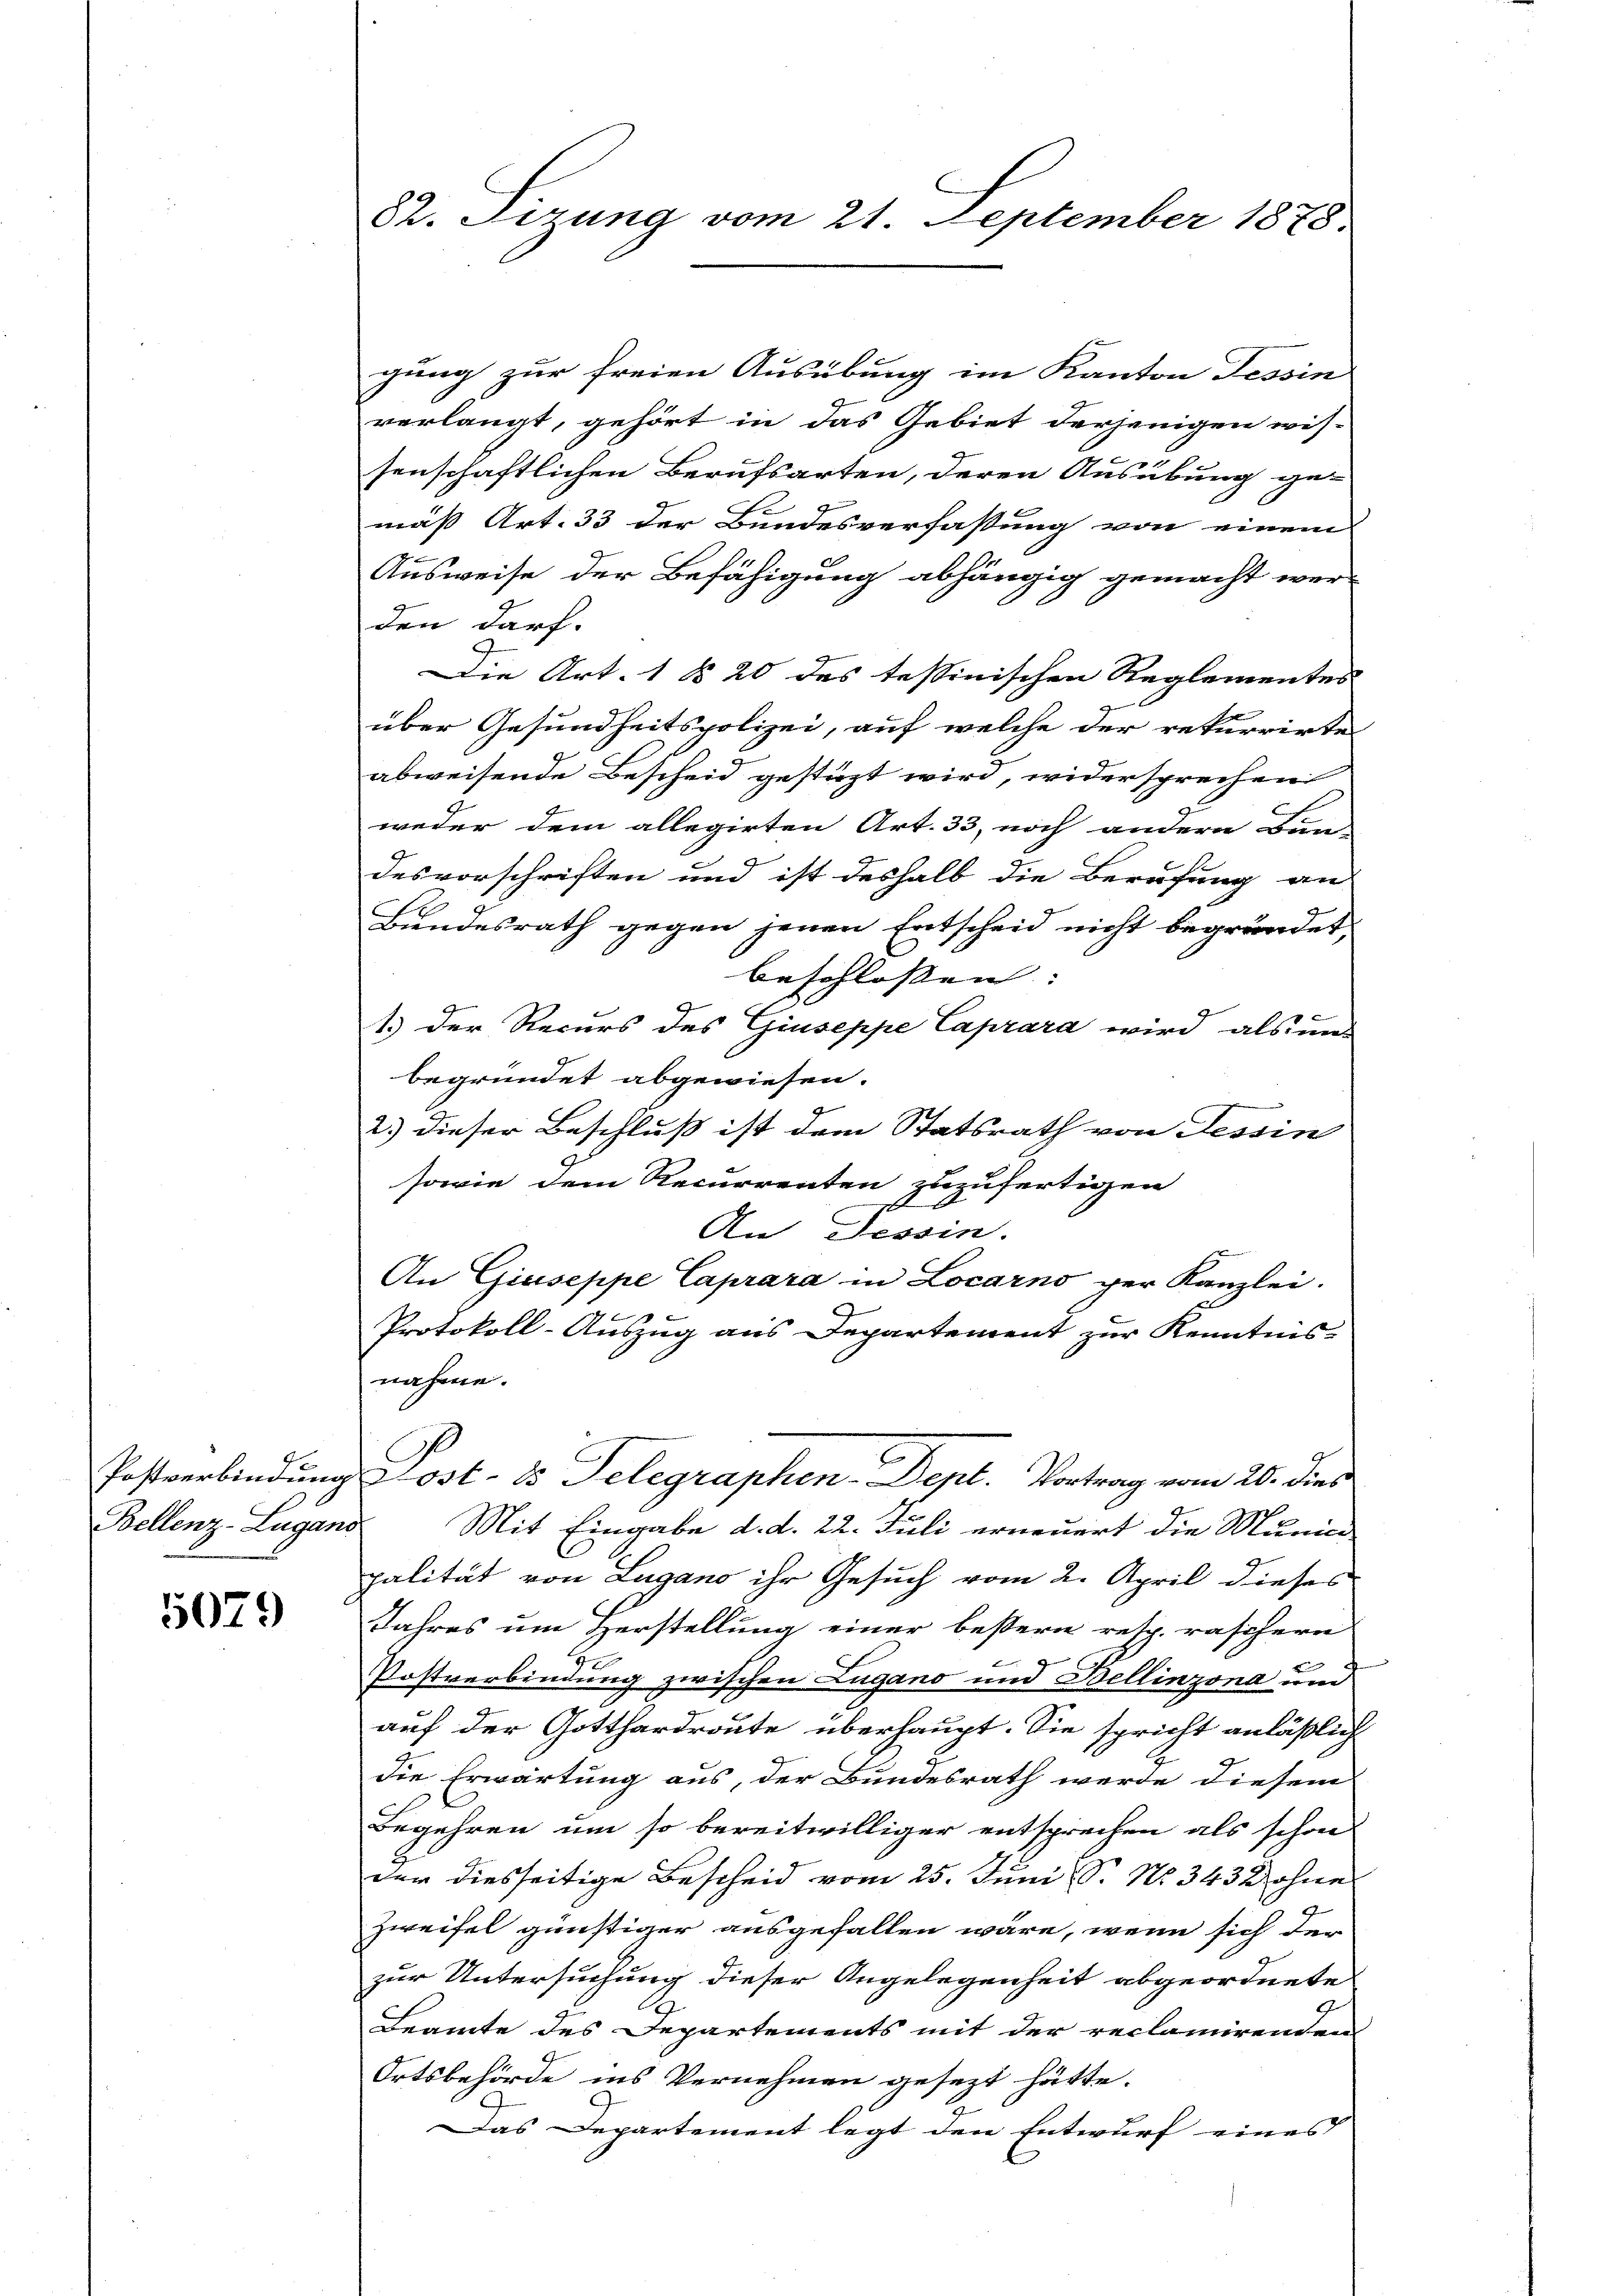
Bellenz-Lugano

5079

82. Sizung vom 21. September 1878.

gung zur freien Ausübung im Kanton Tessin
verlangt, gehört in das Gebiet derjenigen wis-
senschaftlichen Berufsarten, deren Ausübung ge-
mäß Art. 33 der Bundesverfassung von einem
Ausweise der Befähigung abhängig gemacht werden darf.
Die Art. 1 § 20 des tessinischen Reglementes
g
b
über Gesundheitspolizei, auf welche der rekurrirte
abweisende Bescheid gestüzt wird, widersprechen
weder dem allegirten Art. 33, noch andere Bun-
desvorschriften und ist deshalb die Berufung an
Bundesrath gegen jenen Entscheid nicht begründet,
beschlossen: |
1.) Der Recurs des Giuseppe Caprara wird als un-
begründet abgewiesen.
2.) dieser Beschluß ist dem Statsrath von Tessin
sowie dem Recurrenten zuzufertigen
An Tessin.
An Giuseppe Caprara in Locarno per Kanzlei.
Protokoll-Auszug aus Departement zur Kenntnis-
nahme.
Postverbindung Post- 15 Telegraphen-Depl. Vortrag vom 20. dies
Mit Eingabe d. d. 22. Juli erneuert die Munici
palität von Lugano ihr Gesuch vom 2. April dieses
Jahres um Herstellung einer bestern resp. raschern
Postverbindung zwischen Lugano und Bellinzona und
auf der Gotthardroute überhaupt. Sie spricht anläßlich
die Erwartung aus, der Bundesrath werde diesem
Begehren um so bereitwilliger entsprechen als schon
der diesseitige Bescheid vom 25. Juni S. No. 343 2 ohne
Zweifel günstiger ausgefallen wäre, wenn sich der
zur Untersuchung dieser Angelegenheit abgeordnete
Beamte des Departements mit der reclamirenden
Ortsbehörde ins Vernehmen gesezt hätte.
Das Departement legt den Entwurf eines